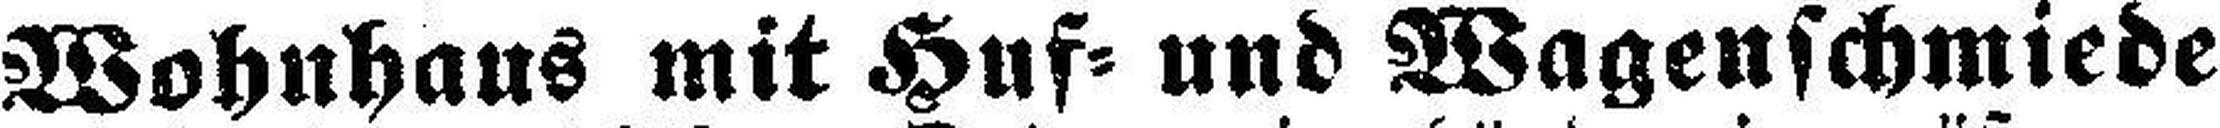
Wohnhaus mit Huf= und Wagenschmiede